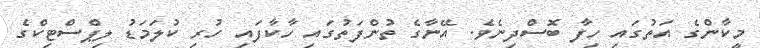
މީކާންގެ އަތުގައި ހިފާ ބޮސްދިނެވެ. އޭނާގެ ތުންފަތުގައި ހާކާފައި ހުރި ކުލަމަޑު ލިޕްސްޓިކްގެ